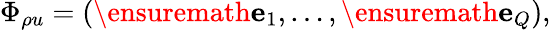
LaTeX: \Phi_{\rho u}=(\ensuremath{\mathbf{e}}_{1},\dots,\ensuremath{\mathbf{e}}_{Q}),